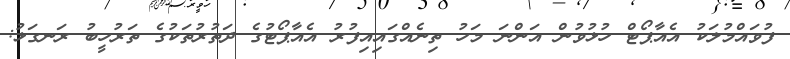
ފުވައްމުލަކު އެއާޕޯޓް ހުޅުވުން އަންނަ މަހު ތިނެއްގައިއިފުރު އެއާޕޯޓުގެ ދަތުރުތަކުގެ ތަރުހީބު ރަނގަޅު: